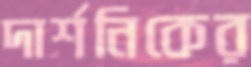
দার্শনিকের